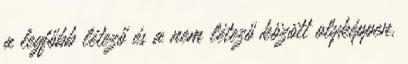
a legfőbb létező és a nem létező között olyképpen,